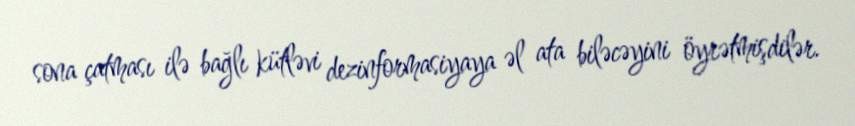
sona çatması ilə bağlı kütləvi dezinformasiyaya əl ata biləcəyini öyrətmişdilər.